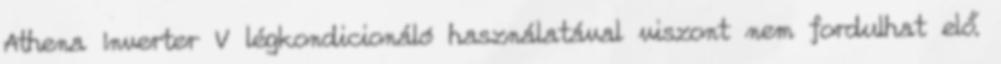
Athena Inverter V légkondicionáló használatával viszont nem fordulhat elő.